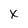
Character: x